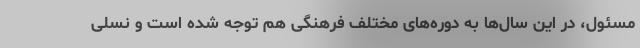
مسئول، در این سال‌ها به دوره‌های مختلف فرهنگی هم توجه شده است و نسلی